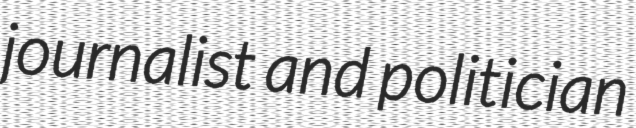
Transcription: journalist and politician